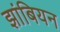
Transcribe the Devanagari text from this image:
झांबियन